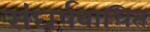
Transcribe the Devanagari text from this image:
संघर्षबाधित